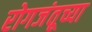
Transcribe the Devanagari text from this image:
रोगजंतूच्या